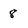
Character: 8